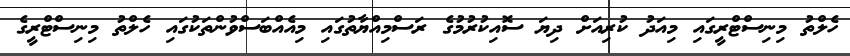
ހެލްތު މިނިސްޓްރީގައި މިއަދު ކުރިއަށް ދިޔަ ސޮއިކުރުމުގެ ރަސްމިއްޔާތުގައި މިއެއްބަސްވުންތަކުގައި ހެލްތު މިނިސްޓްރީގެ